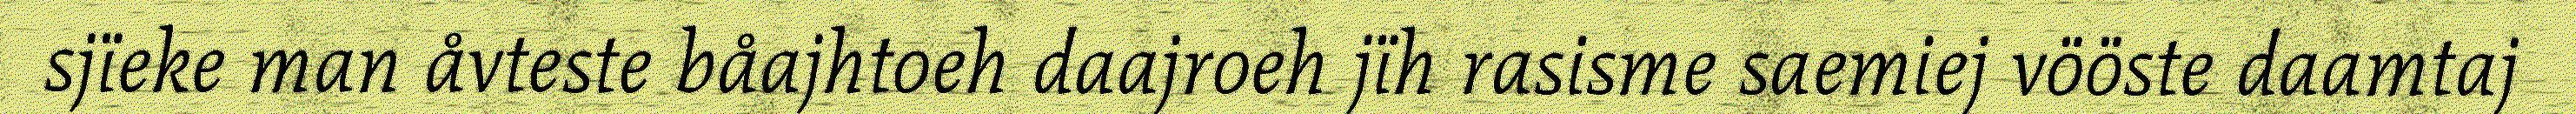
sjïeke man åvteste båajhtoeh daajroeh jïh rasisme saemiej vööste daamtaj